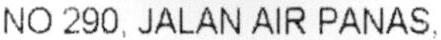
NO 290, JALAN AIR PANAS,